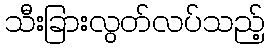
သီးခြားလွတ်လပ်သည့်